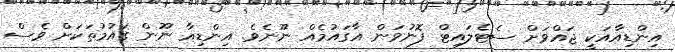
އިންޑިއާއަކީ ޖައްވަށް ސެޓެލައިޓް ފޮނުވަން އާގައުމެއް ނޫނެވެ. އިންޑިއާ ނޫން ގައުމުތަކަށް ވެސް